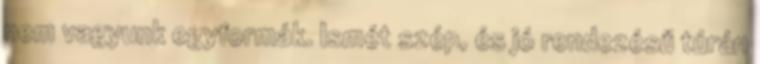
nem vagyunk egyformák. Ismét szép, és jó rendezésű túrán